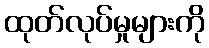
ထုတ်လုပ်မှုများကို